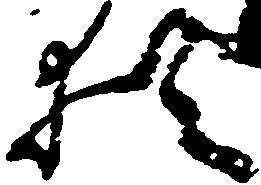
猶